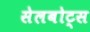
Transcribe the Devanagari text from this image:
सेलबोट्स